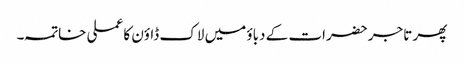
پھر تاجر حضرات کے دباؤ میں لاک ڈاؤن کا عملی خاتمہ۔